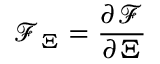
\mathcal { F } _ { \Xi } = \frac { \partial \mathcal { F } } { \partial \Xi }